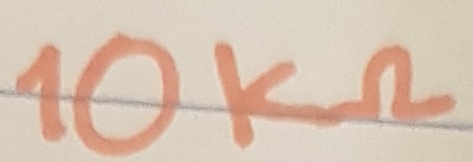
Text: 10KΩ